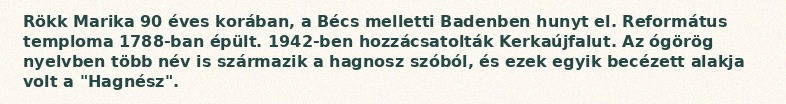
Rökk Marika 90 éves korában, a Bécs melletti Badenben hunyt el. Református temploma 1788-ban épült. 1942-ben hozzácsatolták Kerkaújfalut. Az ógörög nyelvben több név is származik a hagnosz szóból, és ezek egyik becézett alakja volt a "Hagnész".